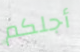
أجلكم